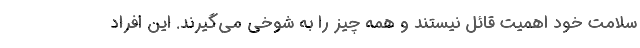
سلامت خود اهمیت قائل نیستند و همه چیز را به شوخی می‌گیرند. این افراد